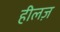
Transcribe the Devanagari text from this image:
हीलज़